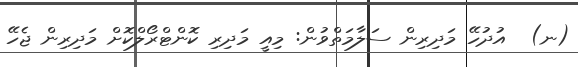
(ނ)  އުދުހޭ މަދިރިން ސަލާމަތްވުން: މިއީ މަދިރި ކޮންޓްރޯލްކޮށް މަދިރިން ޖެހޭ